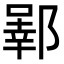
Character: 𬪒